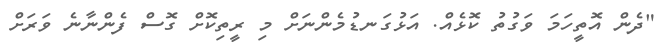
"ދެން އޮތީހަމަ ވަގުތު ކޮޅެއް. އަޅުގަނޑުމެންނަށް މި ރީތިކޮށް ގޮސް ފެންނާނެ ވަރަށް